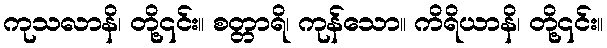
ကုသလာနိ၊ တို့၎င်း။ စတ္တာရိ၊ ကုန်သော။ ကိရိယာနိ၊ တို့၎င်း။